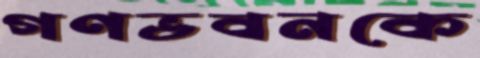
গণভবনকে